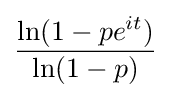
{\frac {\ln(1-pe^{it})}{\ln(1-p)}}